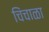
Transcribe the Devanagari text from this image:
चिंचाळा